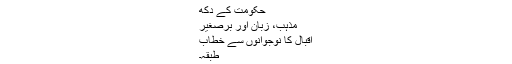
حکومت کے دُکھ
مذہب، زبان اور برصغیر
اقبال کا نوجوانوں سے خطاب
طبقہ۔